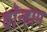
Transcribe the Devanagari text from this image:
बॉन्हाम